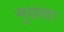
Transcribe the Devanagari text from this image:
मुख्त्यः